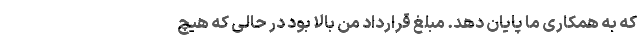
که به همکاری ما پایان دهد. مبلغ قرارداد من بالا بود در حالی که هیچ